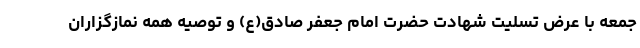
جمعه با عرض تسلیت شهادت حضرت امام جعفر صادق(ع) و توصیه همه نمازگزاران